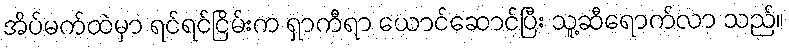
အိပ်မက်ထဲမှာ ရင်ရင်ငြိမ်းက ရှာကီရာ ယောင်ဆောင်ပြီး သူ့ဆီရောက်လာ သည်။